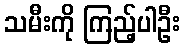
သမီးကို ကြည့်ပါဦး